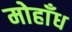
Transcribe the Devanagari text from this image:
मोहाँध